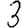
Digit: 3